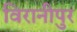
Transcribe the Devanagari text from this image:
विरानीपुर